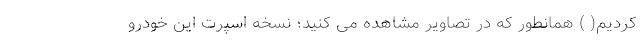
کردیم( ) همانطور که در تصاویر مشاهده می کنید؛ نسخه اسپرت این خودرو